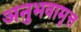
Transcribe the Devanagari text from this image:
अनुभवामृत्त